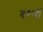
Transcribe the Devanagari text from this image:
बरनों